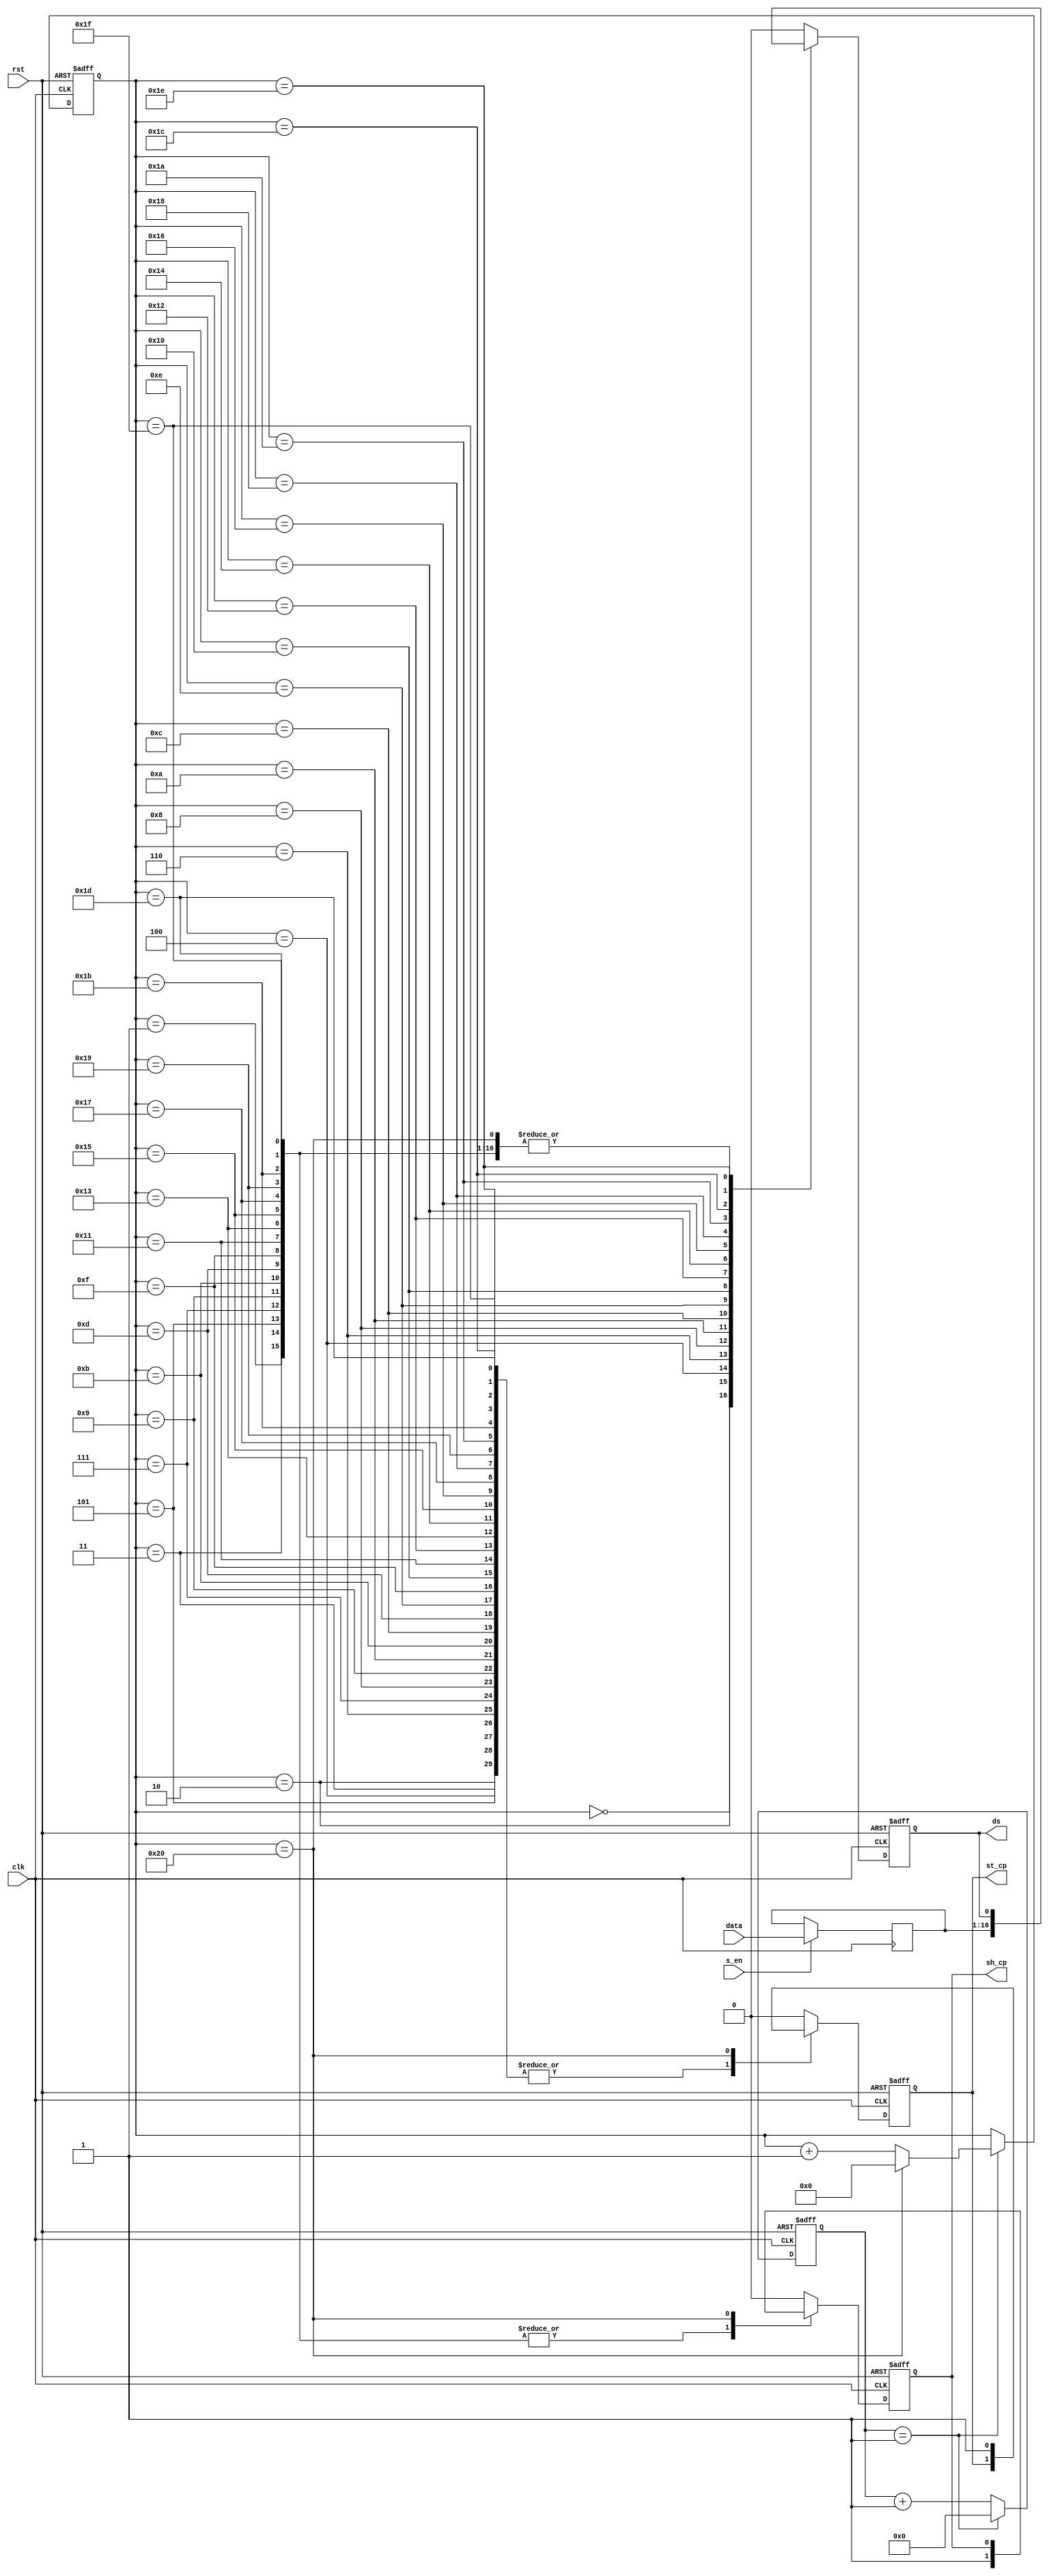
module hc595_driver(
	input clk,   
	input rst,
	input [15:0] data,          // {1'b1, seg[6:0], 4'b0, sel[3:0]}
	input s_en,                 // 1'b1
	output reg sh_cp,
	output reg st_cp,
	output reg ds
);

	parameter CNT_MAX = 2;
	
	reg [15:0]r_data;
	always@(posedge clk)
	if(s_en)
		r_data <= data;

	reg [7:0]divider_cnt;//;
	
	always@(posedge clk or negedge rst)
	if(!rst)
		divider_cnt <= 0;
	else if(divider_cnt == CNT_MAX - 1'b1)
		divider_cnt <= 0;
	else
		divider_cnt <= divider_cnt + 1'b1;
		
	wire sck_plus;
	assign sck_plus = (divider_cnt == CNT_MAX - 1'b1);
		
	reg [5:0]SHCP_EDGE_CNT;
	
	always@(posedge clk or negedge rst)
	if(!rst)
		SHCP_EDGE_CNT <= 0;
	else if(sck_plus)begin
		if(SHCP_EDGE_CNT == 6'd32)
			SHCP_EDGE_CNT <= 0;
		else
			SHCP_EDGE_CNT <= SHCP_EDGE_CNT + 1'b1;
	end
	else
		SHCP_EDGE_CNT <= SHCP_EDGE_CNT;
		
	always@(posedge clk or negedge rst)
	if(!rst)begin
		st_cp <= 1'b0;
		ds <= 1'b0;
		sh_cp <= 1'd0;
	end 
	else begin
		case(SHCP_EDGE_CNT)
			0: begin sh_cp <= 0; st_cp <= 1'd0;ds <= r_data[15];end
			1: begin sh_cp <= 1; st_cp <= 1'd0;end
			2: begin sh_cp <= 0; ds <= r_data[14];end
			3: begin sh_cp <= 1; end
			4: begin sh_cp <= 0; ds <= r_data[13];end	
			5: begin sh_cp <= 1; end
			6: begin sh_cp <= 0; ds <= r_data[12];end	
			7: begin sh_cp <= 1; end
			8: begin sh_cp <= 0; ds <= r_data[11];end	
			9: begin sh_cp <= 1; end
			10: begin sh_cp <= 0; ds <= r_data[10];end	
			11: begin sh_cp <= 1; end
			12: begin sh_cp <= 0; ds <= r_data[9];end	
			13: begin sh_cp <= 1; end
			14: begin sh_cp <= 0; ds <= r_data[8];end	
			15: begin sh_cp <= 1; end
			16: begin sh_cp <= 0; ds <= r_data[7];end	
			17: begin sh_cp <= 1; end
			18: begin sh_cp <= 0; ds <= r_data[6];end	
			19: begin sh_cp <= 1; end
			20: begin sh_cp <= 0; ds <= r_data[5];end	
			21: begin sh_cp <= 1; end
			22: begin sh_cp <= 0; ds <= r_data[4];end	
			23: begin sh_cp <= 1; end
			24: begin sh_cp <= 0; ds <= r_data[3];end	
			25: begin sh_cp <= 1; end
			26: begin sh_cp <= 0; ds <= r_data[2];end	
			27: begin sh_cp <= 1; end
			28: begin sh_cp <= 0; ds <= r_data[1];end			
			29: begin sh_cp <= 1; end
			30: begin sh_cp <= 0; ds <= r_data[0];end
			31: begin sh_cp <= 1; end
			32: st_cp <= 1'd1;
			default:		
				begin
					st_cp <= 1'b0;
					ds <= 1'b0;
					sh_cp <= 1'd0;
				end
		endcase
	end

endmodule